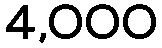
4,000